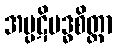
အပ္ပဋိဗဒ္ဓစိတ္တာ